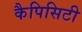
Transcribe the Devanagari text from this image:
कैपिसिटी